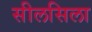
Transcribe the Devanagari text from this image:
सीलसिला